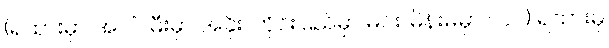
(ရထားမှာ အလံ၊ မီးမှာ အခိုး၊ တိုင်းပြည်မှာ မင်း၊ မိန်းမမှာ လင်) ရထားမှ